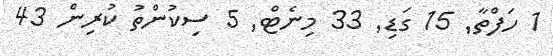
1 ހަފްތާ